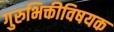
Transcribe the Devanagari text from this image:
गुरुभिक्तीविषयक